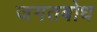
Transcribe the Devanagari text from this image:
जगतबोध